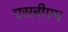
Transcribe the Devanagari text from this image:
एसबीएम